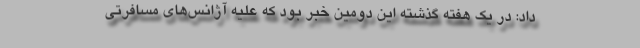
داد: در یک هفته گذشته این دومین خبر بود که علیه آژانس‌های مسافرتی